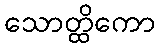
သောတ္ထိကော